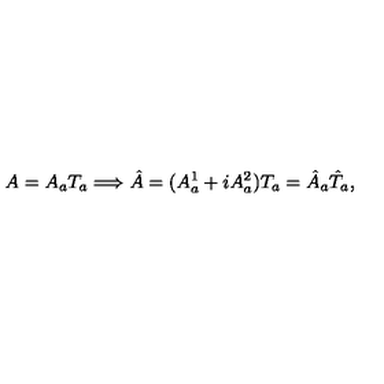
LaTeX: A = A _ { a } T _ { a } \Longrightarrow \hat { A } = ( A _ { a } ^ { 1 } + i A _ { a } ^ { 2 } ) T _ { a } = \hat { A } _ { a } \hat { T } _ { a } ,